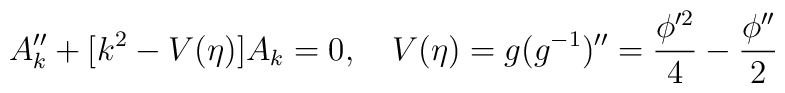
A_{k}'' + [ k^2 - V(\eta)]A_{k}= 0,~~~V(\eta) = g(g^{-1})'' = \frac{\phi'^2}{4}-\frac{\phi''}{2}